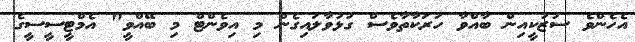
އެހެންވެ ސުޒުކީއިން ބާއްވާ ހަރަކާތާވެސް ގުޅުވާލައިގެން މި އިވެންޓް މި ބޭއްވީ" އެމްޓީސީސީގެ